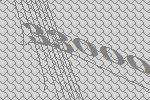
33000